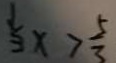
3 x > \frac { 5 } { 3 }